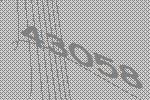
43058